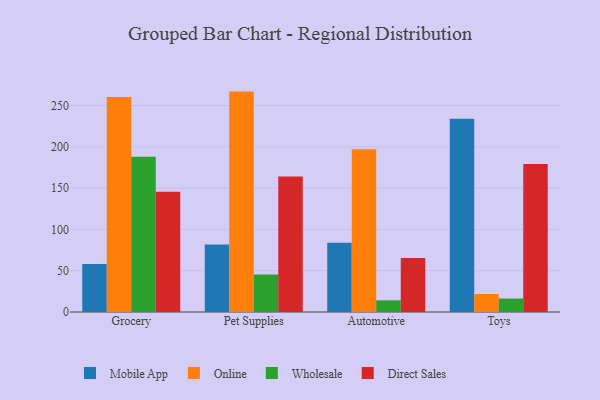
{"axis": {"x": "Category", "y": "Backlog"}, "legend": ["Direct Sales", "Mobile App", "Online", "Wholesale"], "data": [{"x": "Grocery", "y": 58.0, "type": "Mobile App"}, {"x": "Grocery", "y": 260.4, "type": "Online"}, {"x": "Grocery", "y": 187.8, "type": "Wholesale"}, {"x": "Grocery", "y": 145.6, "type": "Direct Sales"}, {"x": "Pet Supplies", "y": 81.7, "type": "Mobile App"}, {"x": "Pet Supplies", "y": 266.8, "type": "Online"}, {"x": "Pet Supplies", "y": 45.5, "type": "Wholesale"}, {"x": "Pet Supplies", "y": 164.0, "type": "Direct Sales"}, {"x": "Automotive", "y": 83.9, "type": "Mobile App"}, {"x": "Automotive", "y": 197.1, "type": "Online"}, {"x": "Automotive", "y": 14.1, "type": "Wholesale"}, {"x": "Automotive", "y": 65.5, "type": "Direct Sales"}, {"x": "Toys", "y": 233.9, "type": "Mobile App"}, {"x": "Toys", "y": 21.8, "type": "Online"}, {"x": "Toys", "y": 16.3, "type": "Wholesale"}, {"x": "Toys", "y": 179.3, "type": "Direct Sales"}]}